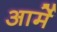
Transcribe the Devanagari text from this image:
आर्मे